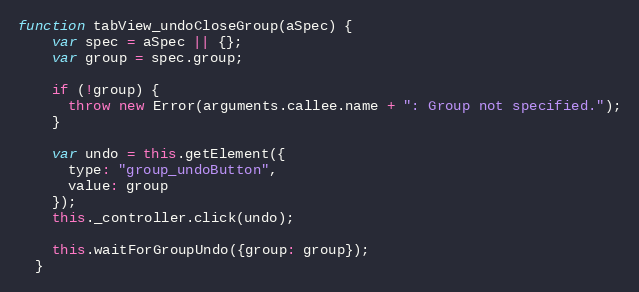
Language: JavaScript
function tabView_undoCloseGroup(aSpec) {
    var spec = aSpec || {};
    var group = spec.group;

    if (!group) {
      throw new Error(arguments.callee.name + ": Group not specified.");
    }

    var undo = this.getElement({
      type: "group_undoButton",
      value: group
    });
    this._controller.click(undo);

    this.waitForGroupUndo({group: group});
  }